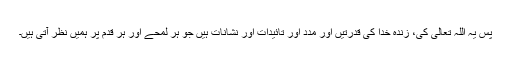
پس یہ اللہ تعالیٰ کی، زندہ خدا کی قدرتیں اور مدد اور تائیدات اور نشانات ہیں جو ہر لمحے اور ہر قدم پر ہمیں نظر آتی ہیں۔